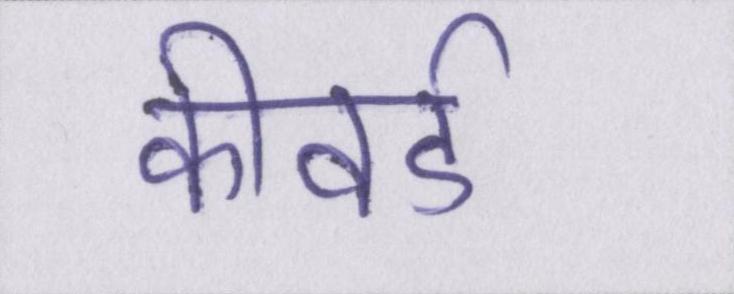
कीवर्ड